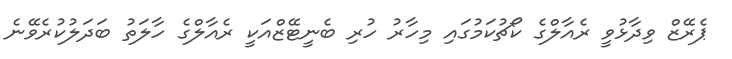
ޕެރޭޒް ވިދާޅުވީ ރެއާލްގެ ކޯޗުކަމުގައި މިހާރު ހުރި ބެނީޓޭޒްއަކީ ރެއާލްގެ ހާލަތު ބަދަލުކުރެވޭނެ